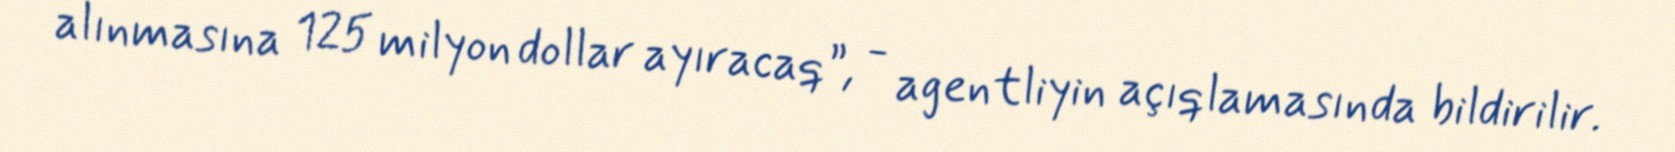
alınmasına 125 milyon dollar ayıracaq”, - agentliyin açıqlamasında bildirilir.